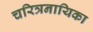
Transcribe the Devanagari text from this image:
चरित्रनायिका